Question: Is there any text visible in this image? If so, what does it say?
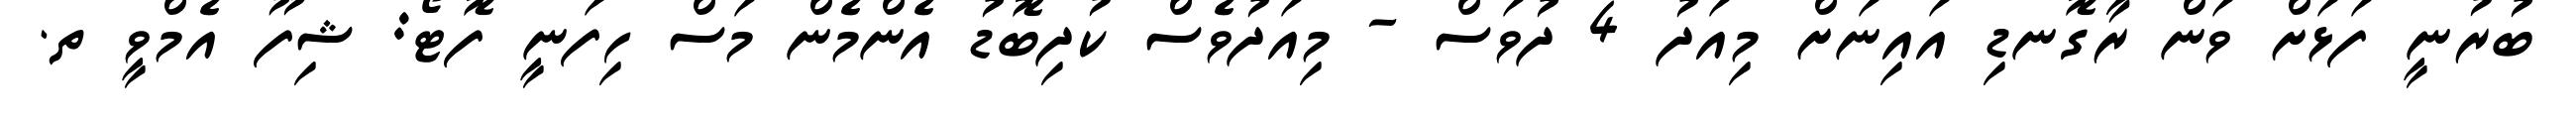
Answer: ބުރުނީ ފަޅަށް ވަން ރާގޮނޑި އައިނަށް މިއަދު 4 ދުވަސް - މިއަދުވެސް ކުދިބޮޑު އެންމެން މަސް ހިފަނީ ފޮޓޯ: ޝިފޫ އެމްވީ ތ.